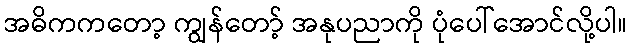
အဓိကကတော့ ကျွန်တော့် အနုပညာကို ပုံပေါ်အောင်လို့ပါ။